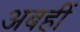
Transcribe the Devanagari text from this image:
अबहीं